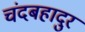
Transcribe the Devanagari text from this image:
चंदबहादुर